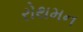
રોથમન